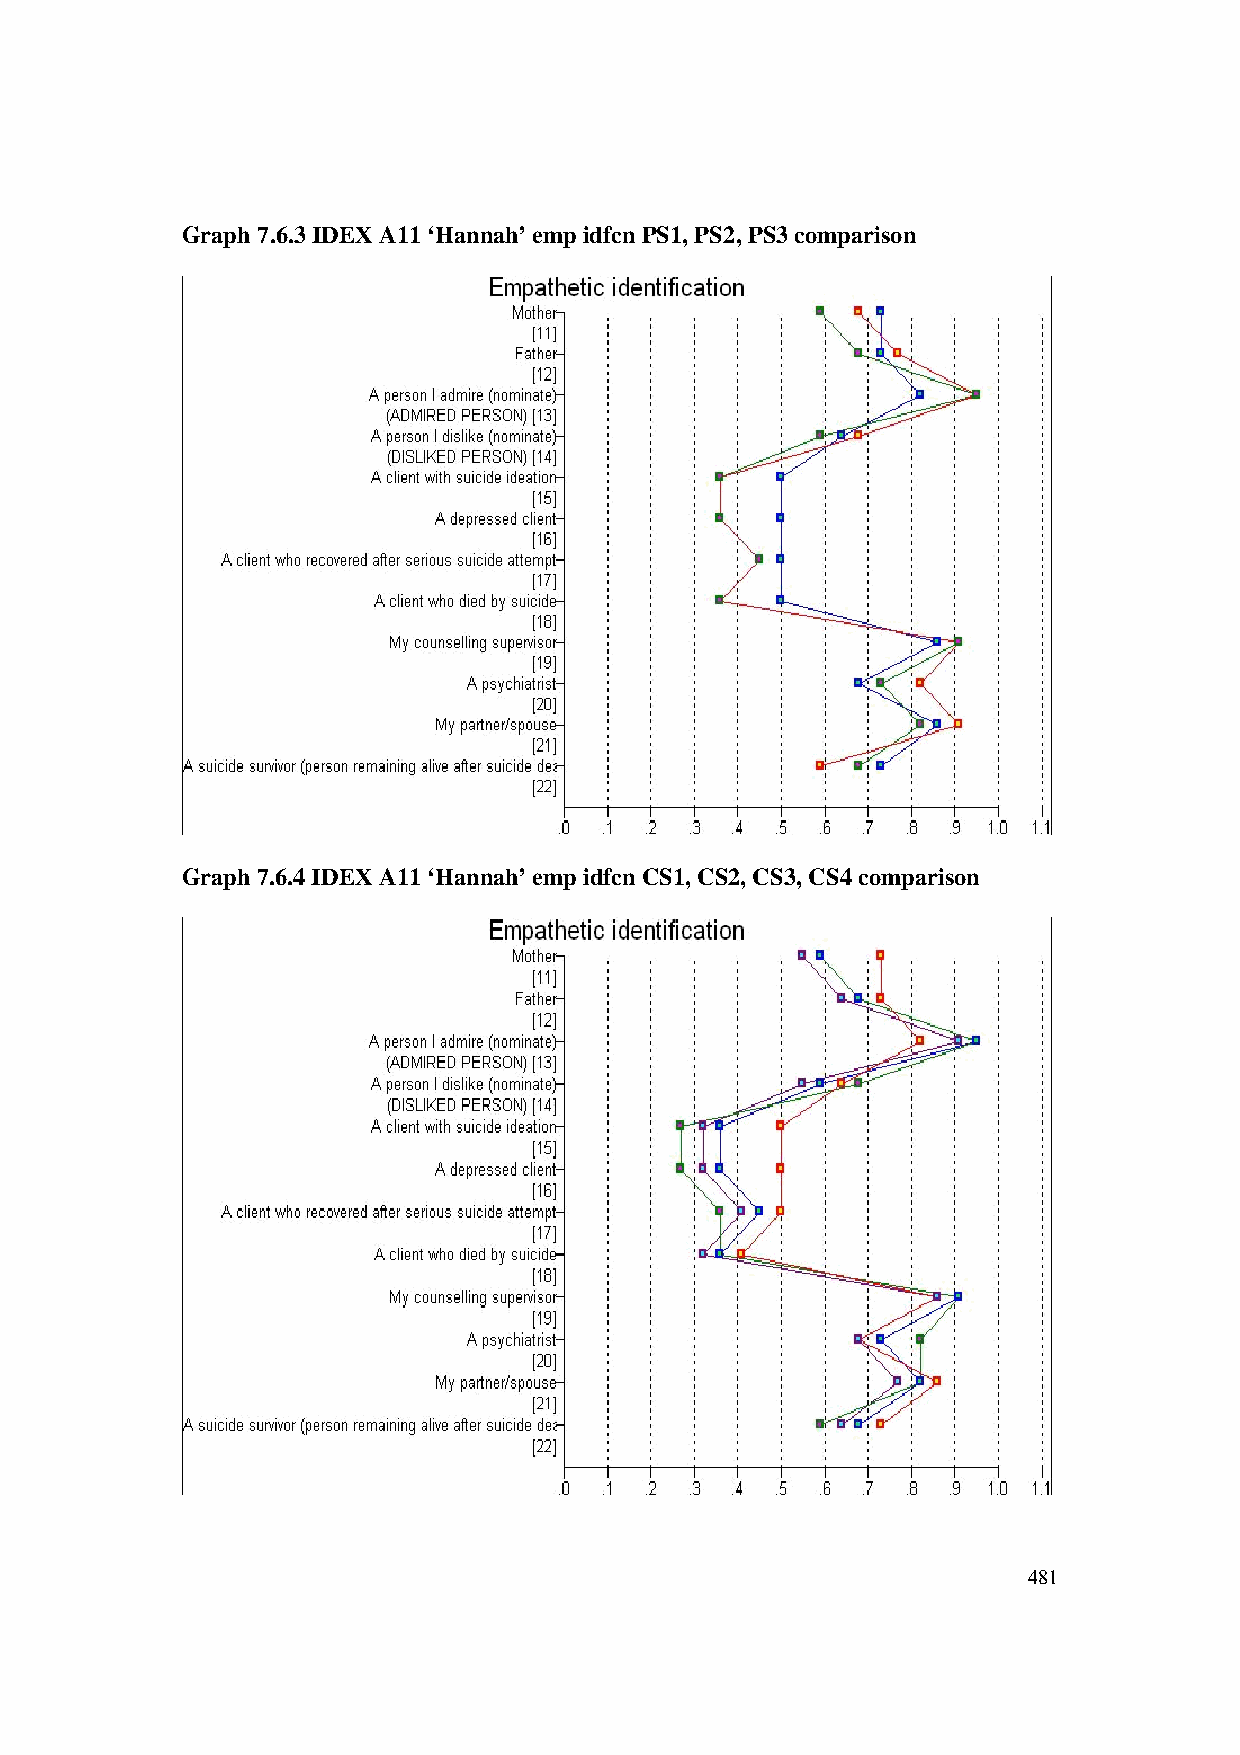
Graph 7.6.3 IDEX A11 ‘Hannah’ emp idfcn PS1, PS2, PS3 comparison
 Graph 7.6.4 IDEX A11 ‘Hannah’ emp idfcn CS1, CS2, CS3, CS4 comparison
 481